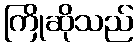
ကြိုဆိုသည်